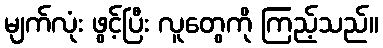
မျက်လုံး ဖွင့်ပြီး လူတွေကို ကြည့်သည်။